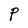
Character: P